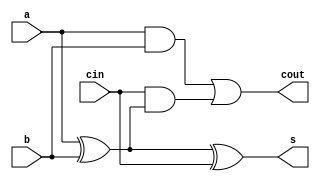
`timescale 1ns / 1ps
//////////////////////////////////////////////////////////////////////////////////
// Company: 
// Engineer: 
// 
// Design Name: 
// Module Name: fa
// Project Name: 
// Target Devices: 
// Tool Versions: 
// Description: 
// 
// Dependencies: 
// 
// Revision:
// Revision 0.01 - File Created
// Additional Comments:
// 
//////////////////////////////////////////////////////////////////////////////////


module fa(
    input a,
    input b,
    input cin,
    output s,
    output cout
    );
    assign s= a^b^cin;
    assign cout = a&b | cin&(a^b);
endmodule